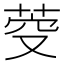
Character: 𮏋